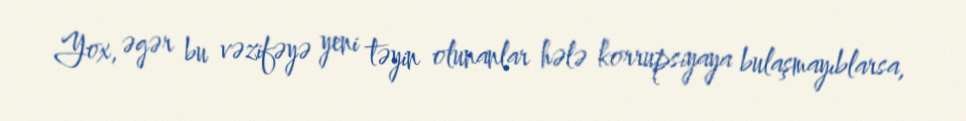
Yox, əgər bu vəzifəyə yeni təyin olunanlar hələ korrupsiyaya bulaşmayıblarsa,